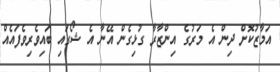
އަމާޒުކޮށް ދިން އެ މަރުގެ އިންޒާރާ ގުޅިގެން އޭނާ އެ ޝޯގައި ބައިވެރިވެފައެއް